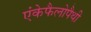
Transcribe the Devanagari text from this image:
एंकेफैलोपैथी